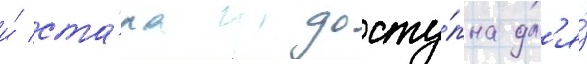
и́ ста́ла досту́пна дл'я́